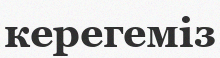
керегеміз